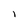
Character: 1